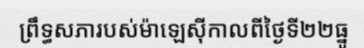
ព្រឹទ្ធសភារបស់ម៉ាឡេស៊ីកាលពីថ្ងៃទី២២ធ្នូ